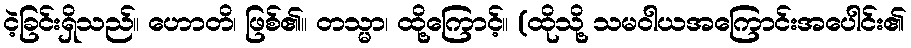
ငဲ့ခြင်းရှိသည်။ ဟောတိ၊ ဖြစ်၏။ တသ္မာ၊ ထို့ကြောင့်။ (ထိုသို့ သမဝါယအကြောင်းအပေါင်း၏